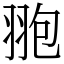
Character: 䎂